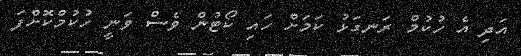
އަދި އެ ހުކުމް ރަނގަޅު ކަމަށް ހައި ކޯޓުން ވެސް ވަނީ ހުކުމްކޮށްފަ